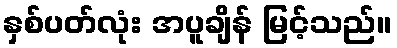
နှစ်ပတ်လုံး အပူချိန် မြင့်သည်။